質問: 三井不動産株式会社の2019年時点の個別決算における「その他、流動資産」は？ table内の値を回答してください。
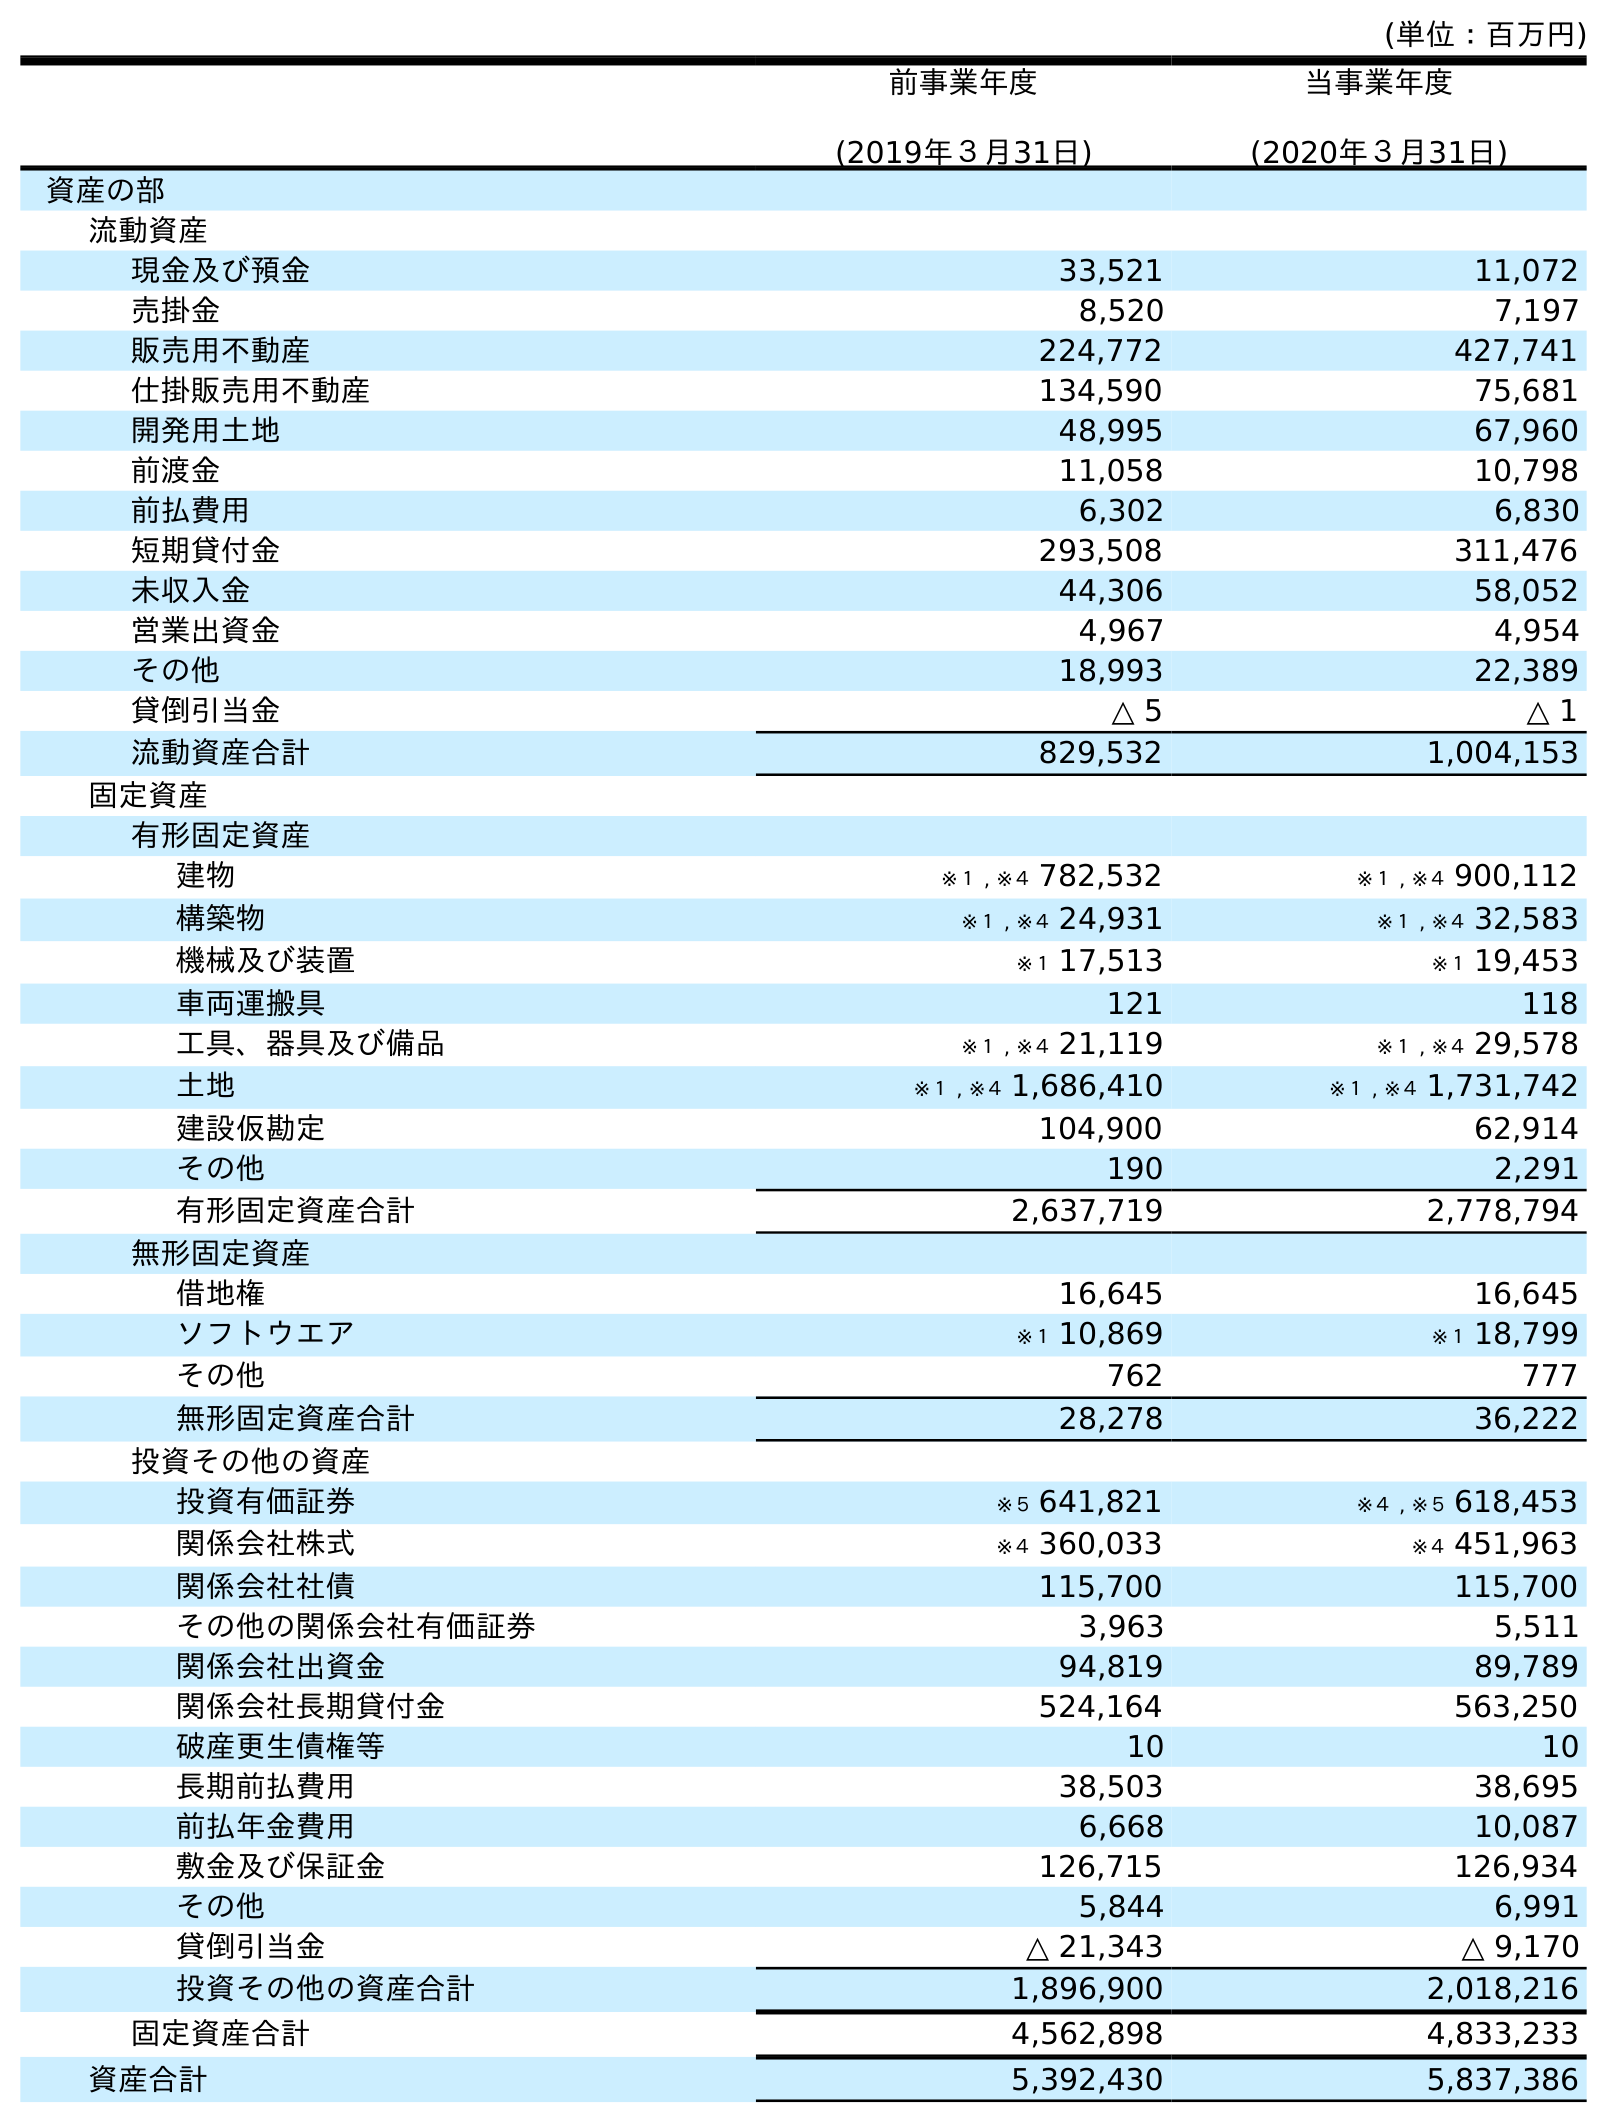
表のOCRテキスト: (単位：百万円) 前事業年度 (2019年３月31日) 当事業年度 (2020年３月31日) 資産の部 流動資産 現金及び預金 33,521 11,072 売掛金 8,520 7,197 販売用不動産 224,772 427,741 仕掛販売用不動産 134,590 75,681 開発用土地 48,995 67,960 前渡金 11,058 10,798 前払費用 6,302 6,830 短期貸付金 293,508 311,476 未収入金 44,306 58,052 営業出資金 4,967 4,954 その他 18,993 22,389 貸倒引当金 △ 5 △ 1 流動資産合計 829,532 1,004,153 固定資産 有形固定資産 建物 ※１ , ※４ 782,532 ※１ , ※４ 900,112 構築物 ※１ , ※４ 24,931 ※１ , ※４ 32,583 機械及び装置 ※１ 17,513 ※１ 19,453 車両運搬具 121 118 工具、器具及び備品 ※１ , ※４ 21,119 ※１ , ※４ 29,578 土地 ※１ , ※４ 1,686,410 ※１ , ※４ 1,731,742 建設仮勘定 104,900 62,914 その他 190 2,291 有形固定資産合計 2,637,719 2,778,794 無形固定資産 借地権 16,645 16,645 ソフトウエア ※１ 10,869 ※１ 18,799 その他 762 777 無形固定資産合計 28,278 36,222 投資その他の資産 投資有価証券 ※５ 641,821 ※４ , ※５ 618,453 関係会社株式 ※４ 360,033 ※４ 451,963 関係会社社債 115,700 115,700 その他の関係会社有価証券 3,963 5,511 関係会社出資金 94,819 89,789 関係会社長期貸付金 524,164 563,250 破産更生債権等 10 10 長期前払費用 38,503 38,695 前払年金費用 6,668 10,087 敷金及び保証金 126,715 126,934 その他 5,844 6,991 貸倒引当金 △ 21,343 △ 9,170 投資その他の資産合計 1,896,900 2,018,216 固定資産合計 4,562,898 4,833,233 資産合計 5,392,430 5,837,386
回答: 18,993